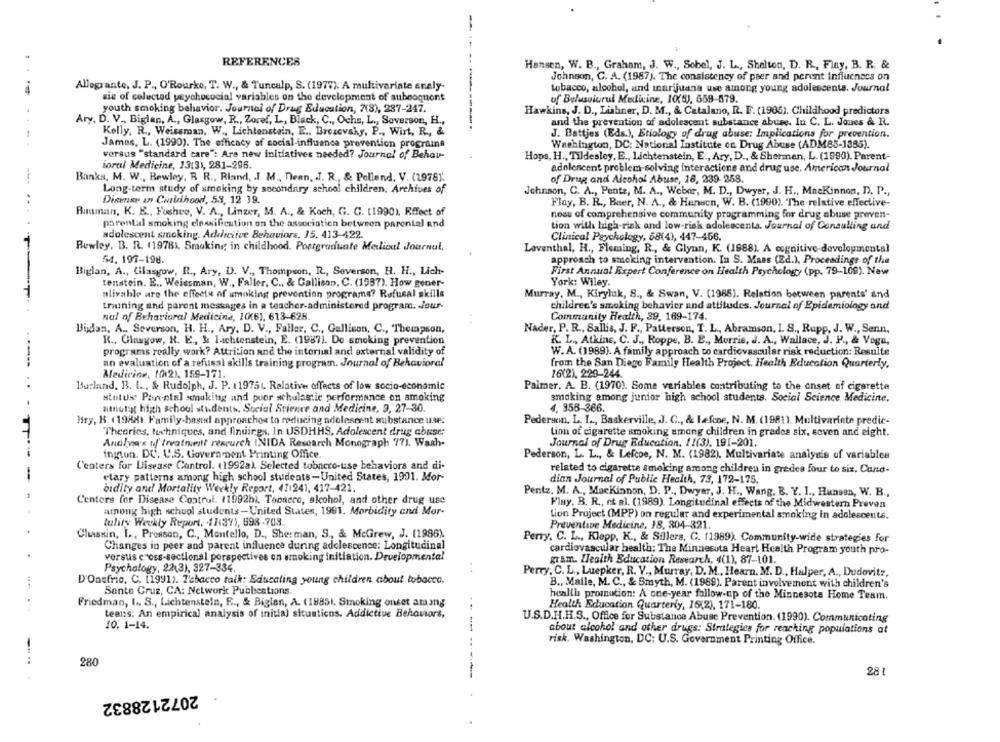
REFERENCES
Hansen, W. B ., Graham, J. W ., Sobel, J. L ., Shelton, D. R ., Finy, B. R. &
Johnson, C. A. (1987). The consistency of peer and perent influenecs on
Allegrante, J. P ., O'Rourke, T. W ., & Tuncalp, S. (1977). A multivariate analy-
tobacco, alcohol, and marijuana use among young adolescents. Journal
sis of colected psychosocial variables on the development of subeoquiont
uf Belasviarul Medicine, 10(6), 559-579.
youth smoking behavior. Journal of Drug Education, 2(8), 287-247.
Hawkins, J. D ., Lishner, D. M ., & Catalano, R. F. (1985). Childhood predictors
Ary, D. V ., Biglan, A ., Glasgow, R ., Zoref, L ., Black, C ., Ochs, L ., Soverson, H .,
and the prevention of adolescent substance abuse. In C. L. Jones & R.
Kelly, R ., Weissman, W ., Lichtenstein, E ., Brosevahy, P ., Wirt, R ., &
J. Battjes (Eds.), Etiology of drug abuse: Implications for prevention.
James, L. (1990). The efficacy of social-influence prevention prograins
Washington, DC: National Institute on Drug Abuse (ADM85-1385).
versus "standard care": Are new initiatives needed? Journal of Behau-
Hope, H ., Tildesley, E ., Lichtenstein, E ., Ary, D ., & Sherman, L. (1990). Parent-
ioral Medicine, 13(3), 281-296.
adolescent problem-solving interactione and drug use. American Journal
Banks, M. W ., Bewley, R R ., Rland, J. M ., Dean, J. R ., & Pollend. V. (1978)'.
of Drug and Alcohol Abuse, 16, 239-258.
Long-term study of smoking by secondary school children, Archives of
Johnson, C. A ., Pente, M. A ., Weber, M. D ., Dwyer, J. H ., Mackinnon, D. P .,
Dinense an Couldhood, 5.8, 12 19.
..
Flay, B. R ., Buer, N. A ., & Hansen, W. B. (1990). "The relative effective-
Bauman, K. E ., Foshee, V. A ., Linzer, M. A ., & Koch, G. G. (1990). Effect of
nosu of comprehensive community programming for drug abuse proven-
parental smoking elsasification on the association between parental and
tion with high-risk and low-risk adolescenta. Journal of Consulting and
adolescent smoking. Addictive Behaviors, 15. 413-422.
Clinical Psychology, 58(4), 447-456.
Bewley. B. R. 119781. Smoking in childhood. Postgraduate Medical Journal,
Leventhal, H ., Fleming, R ., & Glynn, K. (1988). A cognitive-developmental
54. 197-198.
approach to smoking intervention. In S. Mans (Ed.), Proceedings of the
Biglan, A ., Glasgow, I ., Ary, D. V ., Thompson, R ., Severson, H. H ., Lich-
First Annual Expert Conference on Health Psychology (pp. 79-109). New
tenstein. E ., Weissman, W ., Faller, C ., & Callison, C. (1997). How gener-
York: Wiley.
alizable are the effects of smoking prevention programa? Refusal skills
Murray, M ., Kiryluk, S ., & Swan, V. (1985). Relation between parents' and
training and parent messages in a teacher-administered program. . Jour-
children's smoking behavior and attitudes. Journal of Epidemiology and
nal of Behavioral Medicine, 1((6), 618-628
Community Health, 39, 169-174.
Bidan, A ., Severson, H. H ., Ary, D. V ., Faller. C ., Gallison, C ., Thompson,
Nader, P. R ., Sallis, J. F ., Patterson, T. L ., Abramson, I. S ., Rupp, J. W ., Senn,
R ., Glasgow, R. E ., & Lichtenstein, E. (1987]. De smoking prevention
K. L ., Atkins, C. J ., Roppe, B. E ., Morrie, J. A ., Wallace, J. P ., & Voga,
programs really work? Attrition and the internal and external validity of
W. A. (1989). A family approach to cardiovascular risk reduction: Resulte
an evaluation of a refusal skills training program. Journal of Behavioral
from the San Diego Family Health Project. Health Education Quarterly,
Medicine, 1(12). 159-171.
16(2), 229-244.
Burland, B. I ., & Rudolph, J. P. 11975L. Relative effects of low socio-economic
Palmer. A. B. (1970). Some variables contributing to the onset of cigarette
status: Parental smaking and poor schulastic performance on smoking
smoking among junior high school students. Social Science Medicine,
umuligt high school students, Social Science and Medicine, 9, 27-30.
4. 355-366.
Hiry, B. (19881 Family-based approachos to reducing adolescent substance use:
Pedersen, L. I .., Baskerville, J. C ., & Lefcoe, N. M. (1981). Multivarinte predic-
Theories, techniques, and findings. In USDHHS, Adolescent drug abuse:
Lion of cigarette smoking among children in grades six, seven and eight.
Analya's uf' treatment resourch INIDA Research Monograph 77). Wash-
Journal of Drug Education. 11(3). 191-201.
ington. DC. U.S. Government Printing Office.
Pederson, L. L ., & Lefcoe, N. M. (1982). Multivariate analysis of variables
Centers for Disease Control. (1992a). Selected tobnero-use behaviors and di-
related to cigarette smoking among children in gredes four to six. Cono-
etary patterns among high school students-United States, 1991. Mor-
dian Journal of Public Health, 73, 172-175.
bidity and Mortality Weekly Report, 41:241, 417-421.
Pentz, M. A ., Mackinnon, D. P ., Dwyer, J. H ., Wang, B. Y. 1 ., Hunson, W. B .,
Centers for Disease Control. (1992h). Topnero, alcohol, and other drug use
Flay. B. R ., et al. (1989). Longitudinal effects of the Midwestern Preven
among high school students-United States, 1991. Morbidity and Mor-
Lion Project (MPP) on regular and experimental smoking in adolescents.
tulity Weekly Report, 11:37), 698-708.
Preventive Medicine, 18, 804-321.
Chassin, L ., Pressen, C ., Mantello, D ., Sherman, S ., & McGrew, J. (1986).
Perry. C. L ., Klepp, K ., & Sillers, C. (1989). Community-wide strategies for
Changes in peer and parent influence during adolescence: Longitudinal
cardiovascular health: The Minnesota Heart Health Program youth pro-
versus cross-sectional perspectives on smoking initiation. Developmental
gram. Health Education Research, 4(1), 87-101.
Psychology, 22(3), 327-334.
Perry, C. L ., Luepker, R. V ., Murray, D. M ., Hearn. M. D ., Hulper, A ., Dudovitz,
D'Onofrio, C. [1991). 7'ebacco talk: Educating young children about tobacco.
B ., Maile, M. C ., & Smyth, M. (1989). Parent involvement with children's
Santa Cruz, CA: Nelwork Publications.
Friedman, I .. S ., Lichtenstein, F ., & Biglan, A. (19851. Smoking onset among
health promotion: A one-year follow-up of the Minnesota Home Team.
Health Education Quarterly, 16(2), 171-180.
teens: An empirical analysis of initial situations. Addictive Behaviors,
U.S.D.H.H.S ., Office for Substance Abuse Prevention. (1990). Communicating
10. 1-14.
--
about alcohol and other drugs: Strategics for reaching populations at
risk. Washington, DC: U.S. Government Printing Office.
280
....
281
2072128832